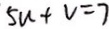
5 u + v = 7